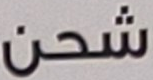
شحن